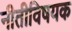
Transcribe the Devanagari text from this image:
नीतीविषयक